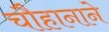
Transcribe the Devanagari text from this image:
चौहानाने